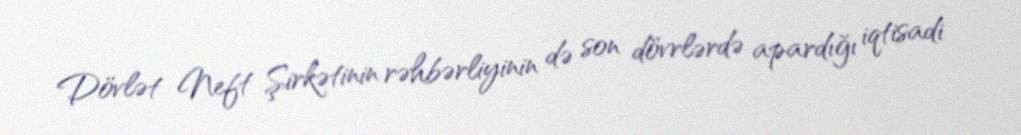
Dövlət Neft Şirkətinin rəhbərliyinin də son dövrlərdə apardığı iqtisadi